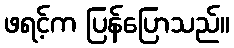
ဖရင့်က ပြန်ပြောသည်။